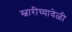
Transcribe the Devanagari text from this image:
स्वारीच्यावेळी